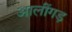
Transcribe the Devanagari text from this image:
आलींगड़